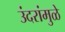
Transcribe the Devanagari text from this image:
उंदरांमुळे